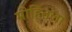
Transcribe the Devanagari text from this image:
मोहितला